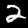
Label: 2